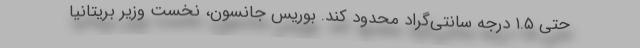
حتی ۱.۵ درجه سانتی‌گراد محدود کند. بوریس جانسون، نخست وزیر بریتانیا